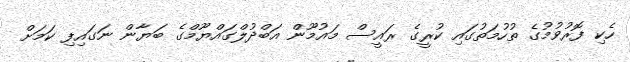
ހެކި ފޮރުވުމުގެ ތުހުމަތުގައި ކުރީގެ ރައީސް މައުމޫން އަބްދުލްގައްޔޫމްގެ ބަޔާން ނަގައިފި ކަމަށް